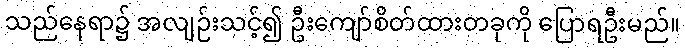
သည်နေရာ၌ အလျဉ်းသင့်၍ ဦးကျော်စိတ်ထားတခုကို ပြောရဦးမည်။